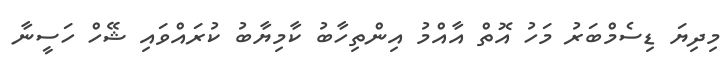
މިދިޔަ ޑިސެމްބަރު މަހު އޮތް އާއްމު އިންތިހާބު ކާމިޔާބު ކުރައްވައި ޝޭހް ހަސީނާ